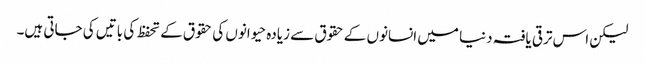
لیکن اس ترقی یافتہ دنیا میں انسانوں کے حقوق سے زیادہ حیوانوں کی حقوق کے تحفظ کی باتیں کی جاتی ہیں۔